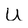
Character: U